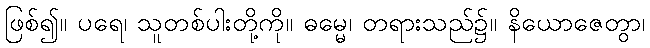
ဖြစ်၍။ ပရေ၊ သူတစ်ပါးတို့ကို။ ဓမ္မေ၊ တရားသည်၌။ နိယောဇေတွာ၊